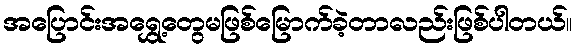
အပြောင်းအရွှေ့တွေမဖြစ်မြောက်ခဲ့တာလည်းဖြစ်ပါတယ်။